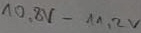
Text: 10,8V-11,2V